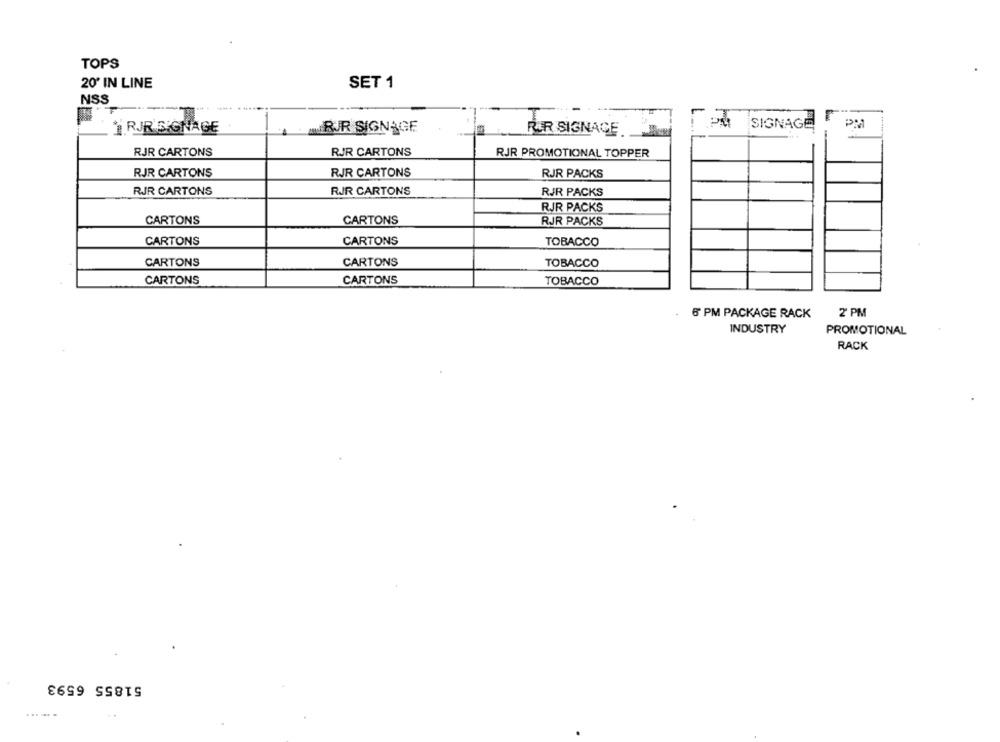
TOPS
20' IN LINE
SET 1
NSS
SIGNAGE
RUR SIGNAGE
RJR SIGNAGE
RAR SIGNAGE.
RJR CARTONS
RJR CARTONS
RJR PROMOTIONAL TOPPER
RJR CARTONS
RJR CARTONS
RJR PACKS
RIR CARTONS
RJR CARTONS
RJR PACKS
RJR PACKS
CARTONS
CARTONS
RJR PACKS
CARTONS
CARTONS
TOBACCO
CARTONS
CARTONS
TOBACCO
CARTONS
CARTONS
TOBACCO
6 PM PACKAGE RACK
2 PM
INDUSTRY
PROMOTIONAL
RACK
51855 6593